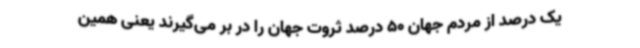
یک درصد از مردم جهان 50 درصد ثروت جهان را در بر می‌گیرند یعنی همین